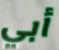
أبي